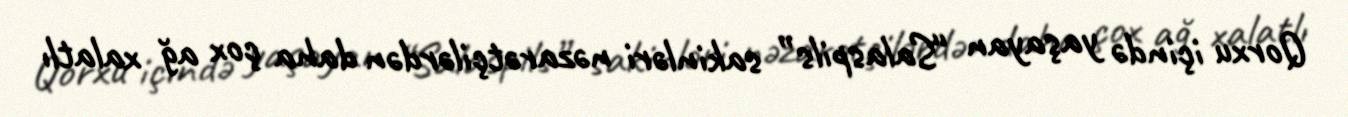
Qorxu içində yaşayan “Salaspils” sakinləri nəzarətçilərdən daha çox ağ xalatlı